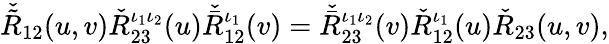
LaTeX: \check{\tilde{R}}_{12}(u,v)\check{R}_{23}^{\iota_{1}\iota_{2}}(u)\check{\bar{R}}_{12}^{\iota_{1}}(v)=\check{\bar{R}}_{23}^{\iota_{1}\iota_{2}}(v)\check{R}_{12}^{\iota_{1}}(u)\check{R}_{23}(u,v),